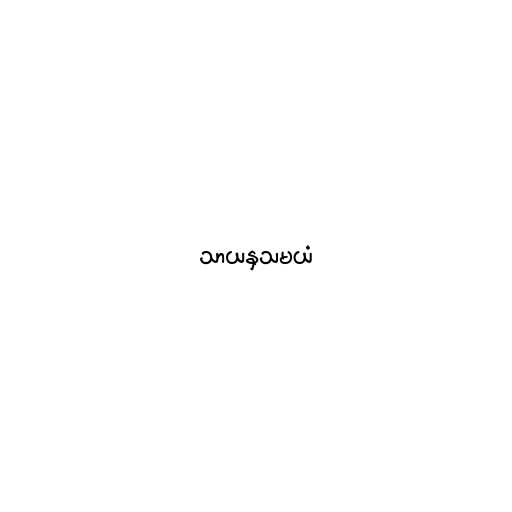
သာယနှသမယံ